Vaccination in Burma 1912-1922 - 1912-1922
Year: 1912
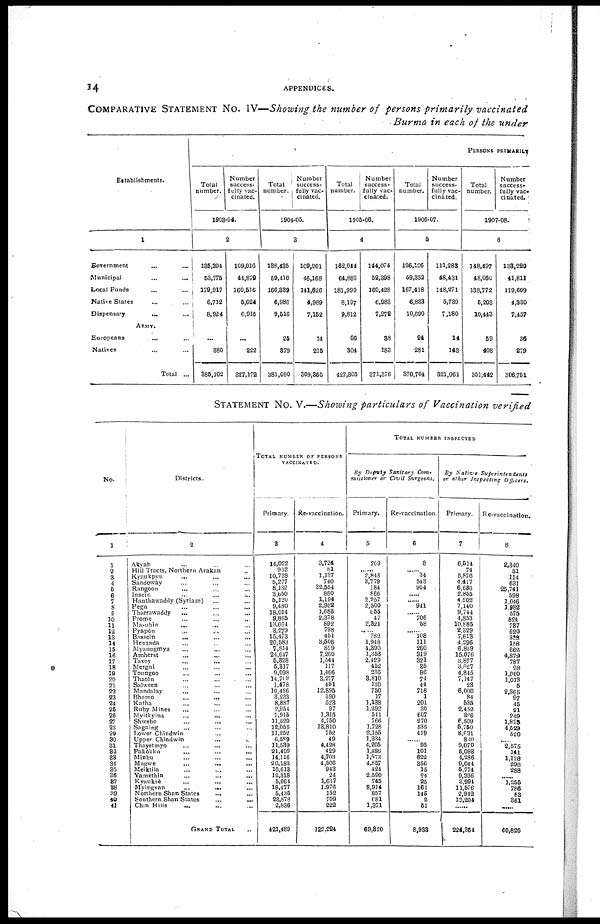
14
APPENDICES.
COMPARATIVE STATEMENT No. IV—Showing the number of persons primarily vaccinated
Burma in each of the under
Establishments.
1
Government ... ...
Municipal ... ...
Local Funds ... ...
Native States ... ...
Dispensary
... ...
ARMY.
Europeans
... ...
Natives ... ...
Total ...
PERSONS PRIMARILY
Total
number.
Number
success-
fully vac-
cinated.
1903-04.
2
135,394
53,775
179,917
6,712
8,924
...
380
385,102
109,016
41,879
160,516
5,624
6,915
...
222
827,172
Total
number.
Number
success-
fully vac-
cinated.
1904-05.
3
138,435
59,110
166,339
6,986
9,516
25
879
381,090
109,201
16,168
141,626
4,989
7,152
14
215
309,865
Total
number.
Number
success-
fully vac-
cinated.
1905-06.
4
162,014
64,883
181,999
8,197
9,812
66
301
127,805
144,071
52,398
160,128
6,983
7,272
88
183
371,376
Total
number.
Number
success-
fully vac-
cinated.
1906-07.
5
126,106
59,352
167,418
6,833
10,690
24
281
370,704
111,283
48,431
118,271
5,739
7,180
14
143
321,061
Total
number.
Number
success-
fully vac-
cinated.
1907-08.
6
148,497
48,060
138,772
5,203
10,443
59
408
351,442
133,229
41,811
119,609
4,330
7,157
36
279
306,751
STATEMENT No. V.—Showing particulars of Vaccination verified
No.
1
1
1
2
3
4
5
6
7
8
9
10
11
12
13
14
15
16
17
18
19
20
21
22
23
24
26
26
27
28
29
30
31
32
33
34
35
36
37
38
39
40
41
Districts.
2
Alwab ... ... ...
Hill Tracts, Northern Arakan ...
Kyaukpyu ... ...
Sandoway ... ...
Rangoon ... ...
Insein ... ...
Hanthawaddy (Syriam) ... ...
Pegu ... ... ...
Tharrawaddy ... ... ...
Prome ... ... ...
Ma-ubin ... ... ...
Pyapôn ... ...
Bassein
... ... ...
Henzada ... ... ...
Myaungmya ... ... ...
Amherst ... ... ...
Tavoy
...
... ...
Mergui ... ... ...
Toungoo ... ... ...
Thatôn ... ...
Salveen ... ... ...
Mandalay
... ... ...
Bhamo
...
... ...
Katha ... ... ...
Ruby Mines
... ... ...
Myitkyina ... ... ...
Shwebo ... ... ...
Sagaing ... ... ...
Lower Chindwin ... ...
Upper Chindwin ... ...
Thayetmyo ... ... ...
Pakôkku ... ... ...
Minbu ... ... ...
Mapwe
...
...
...
Meiktila ... ... ...
Yamèthin ... ... ...
Kyanksè ... ... ...
Myingyan
...
...
...
Northern Shan States
... ...
Southern Shan States
...
...
Chin Hills ... ... ...
GRAND TOTAL ...
TOTAL NUMBER OF PERSONS
VACCINATED.
Primary.
3
14,022
932
10,728
5,277
8,132
3,650
5,120
9,180
18,014
9,885
13,664
3,279
15,473
20,583
7,814
24,647
5,328
6,317
9,098
14,709
1,478
10,486
3,233
8,887
2,954
1,915
11,620
12,055
11,252
6,589
11,589
21,409
14,116
20,183
10,613
12,318
5,064
18,477
5,435
23,878
2,836
421,489
Re-vaccination.
4
3,724
81
1,137
740
32,554
880
1,194
2,952
1,683
2,378
892
798
151
3,506
829
7,260
1,544
117
1,466
3,277
451
12,895
390
523
97
1,315
4,750
13,810
752
19
4,128
429
4,708
4,506
943
24
1,637
1,976
152
709
222
122,221
TOTAL NUMBER INSPECTED
By Deputy Sanitary Com-
misssioner or Civil
Surgeons.
Primary.
5
209
......
2,848
3,779
181
866
2,957
2,500
655
47
2,821
......
782
1,948
1,890
1,353
2,429
152
236
3,810
130
750
17
1,138
1,292
541
766
1,728
2,155
1,834
4,205
1,486
1,573
4,857
424
2,590
745
8,914
857
681
1,371
69,320
Re-vaccination
6
8
......
34
543
904
......
...... 941
......
706
58
......
108
111
260
319
321
85
86
74 44
718
1
201
30
607
270
535
419
......
95
101
622
356
15
24
25
164
145
2
61
8,938
By Native Superintendents
or other Inspecting
Officers.
Primary.
7
6,514
74
5,876
4,417
6,686
2,855
4,202
7,140
9,744
4,853
10,885
2,329
7,613
4,296
6,839
15,076
3,877
3,627
4,845
7,147
23
6,000
84
535
2,152
326
6,509
5,750
8,631
830
9,070
5,098
4,286
9,044
5,774
9,396
3,994
11,576
2,942
13,204
......
224,361
Re-vaccination.
8
2,340
51
114
631
25,741
598
1,046
1,982
575
824
737
620
333
158
662
4,879
787
28
1,060
1,013
5
2,365
97
45
91
249
1,833
4,529
520
......
2,575
141
1,128
296
288
......
1,255
786
83
361
......
60,826